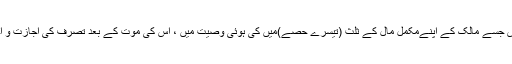
وصی: وہ شخص جسے مالک کے اپنےمکمل مال کے ثلث (تیسرے حصے)میں کی ہوئی وصیت میں ، اس کی موت کے بعد تصرّف کی اجازت و اختیار دیا گیا ہو۔